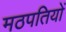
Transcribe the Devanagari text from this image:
मठपतियों